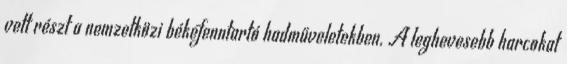
vett részt a nemzetközi békefenntartó hadműveletekben. A leghevesebb harcokat